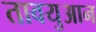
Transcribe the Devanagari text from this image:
तावयुआन